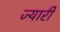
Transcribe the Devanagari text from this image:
ज्यारी